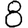
Digit: 8